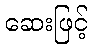
ဆေးဖြင့်